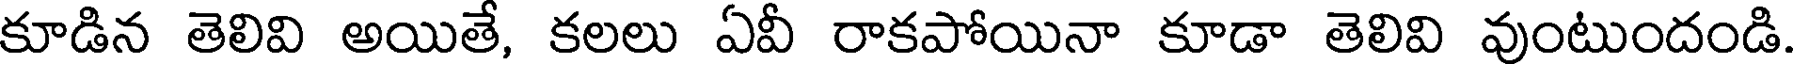
కూడిన తెలివి అయితే, కలలు ఏవీ రాకపోయినా కూడా తెలివి వుంటుందండి